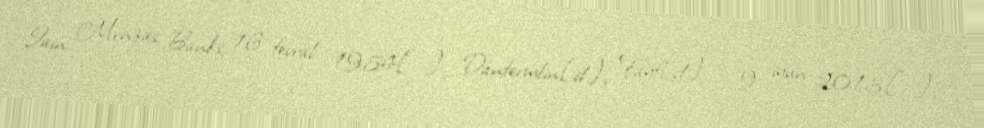
Iain Menzies Banks; 16 fevral 1954[…], Danfermlin[d], Fayf[d] – 9 iyun 2013[…],